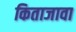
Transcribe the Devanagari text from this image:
किताजावा